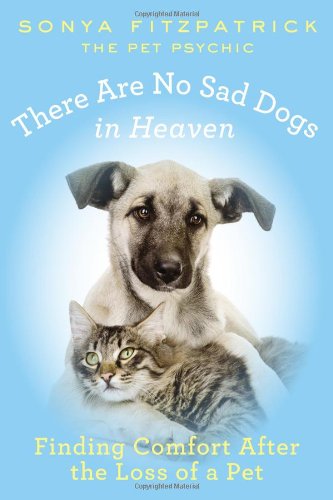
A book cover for There Are No Sad Dogs in Heaven: Finding Comfort After the Loss of a Pet; Sonya Fitzpatrick; Crafts, Hobbies & Home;